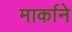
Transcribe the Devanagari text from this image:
मार्काने